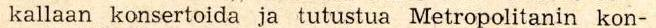
kallaan konsertoida ja tutustua Metropolitanin kon-